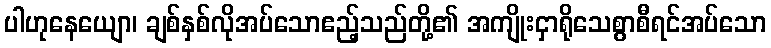
ပါဟုနေယျော၊ ချစ်နှစ်လိုအပ်သောဧည့်သည်တို့၏ အကျိုးငှာရိုသေစွာစီရင်အပ်သော